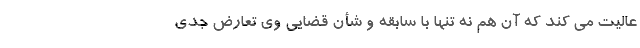
عالیّت می کند که آن هم نه تنها با سابقه و شأنِ قضایی وی تعارض جدّی